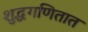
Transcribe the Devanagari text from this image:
शुद्धगणितात